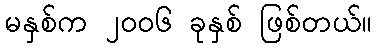
မနှစ်က ၂၀၀၆ ခုနှစ် ဖြစ်တယ်။